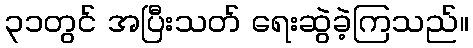
၃၁တွင် အပြီးသတ် ရေးဆွဲခဲ့ကြသည်။